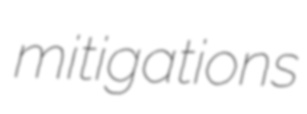
mitigations